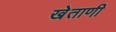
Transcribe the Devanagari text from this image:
खेताणी